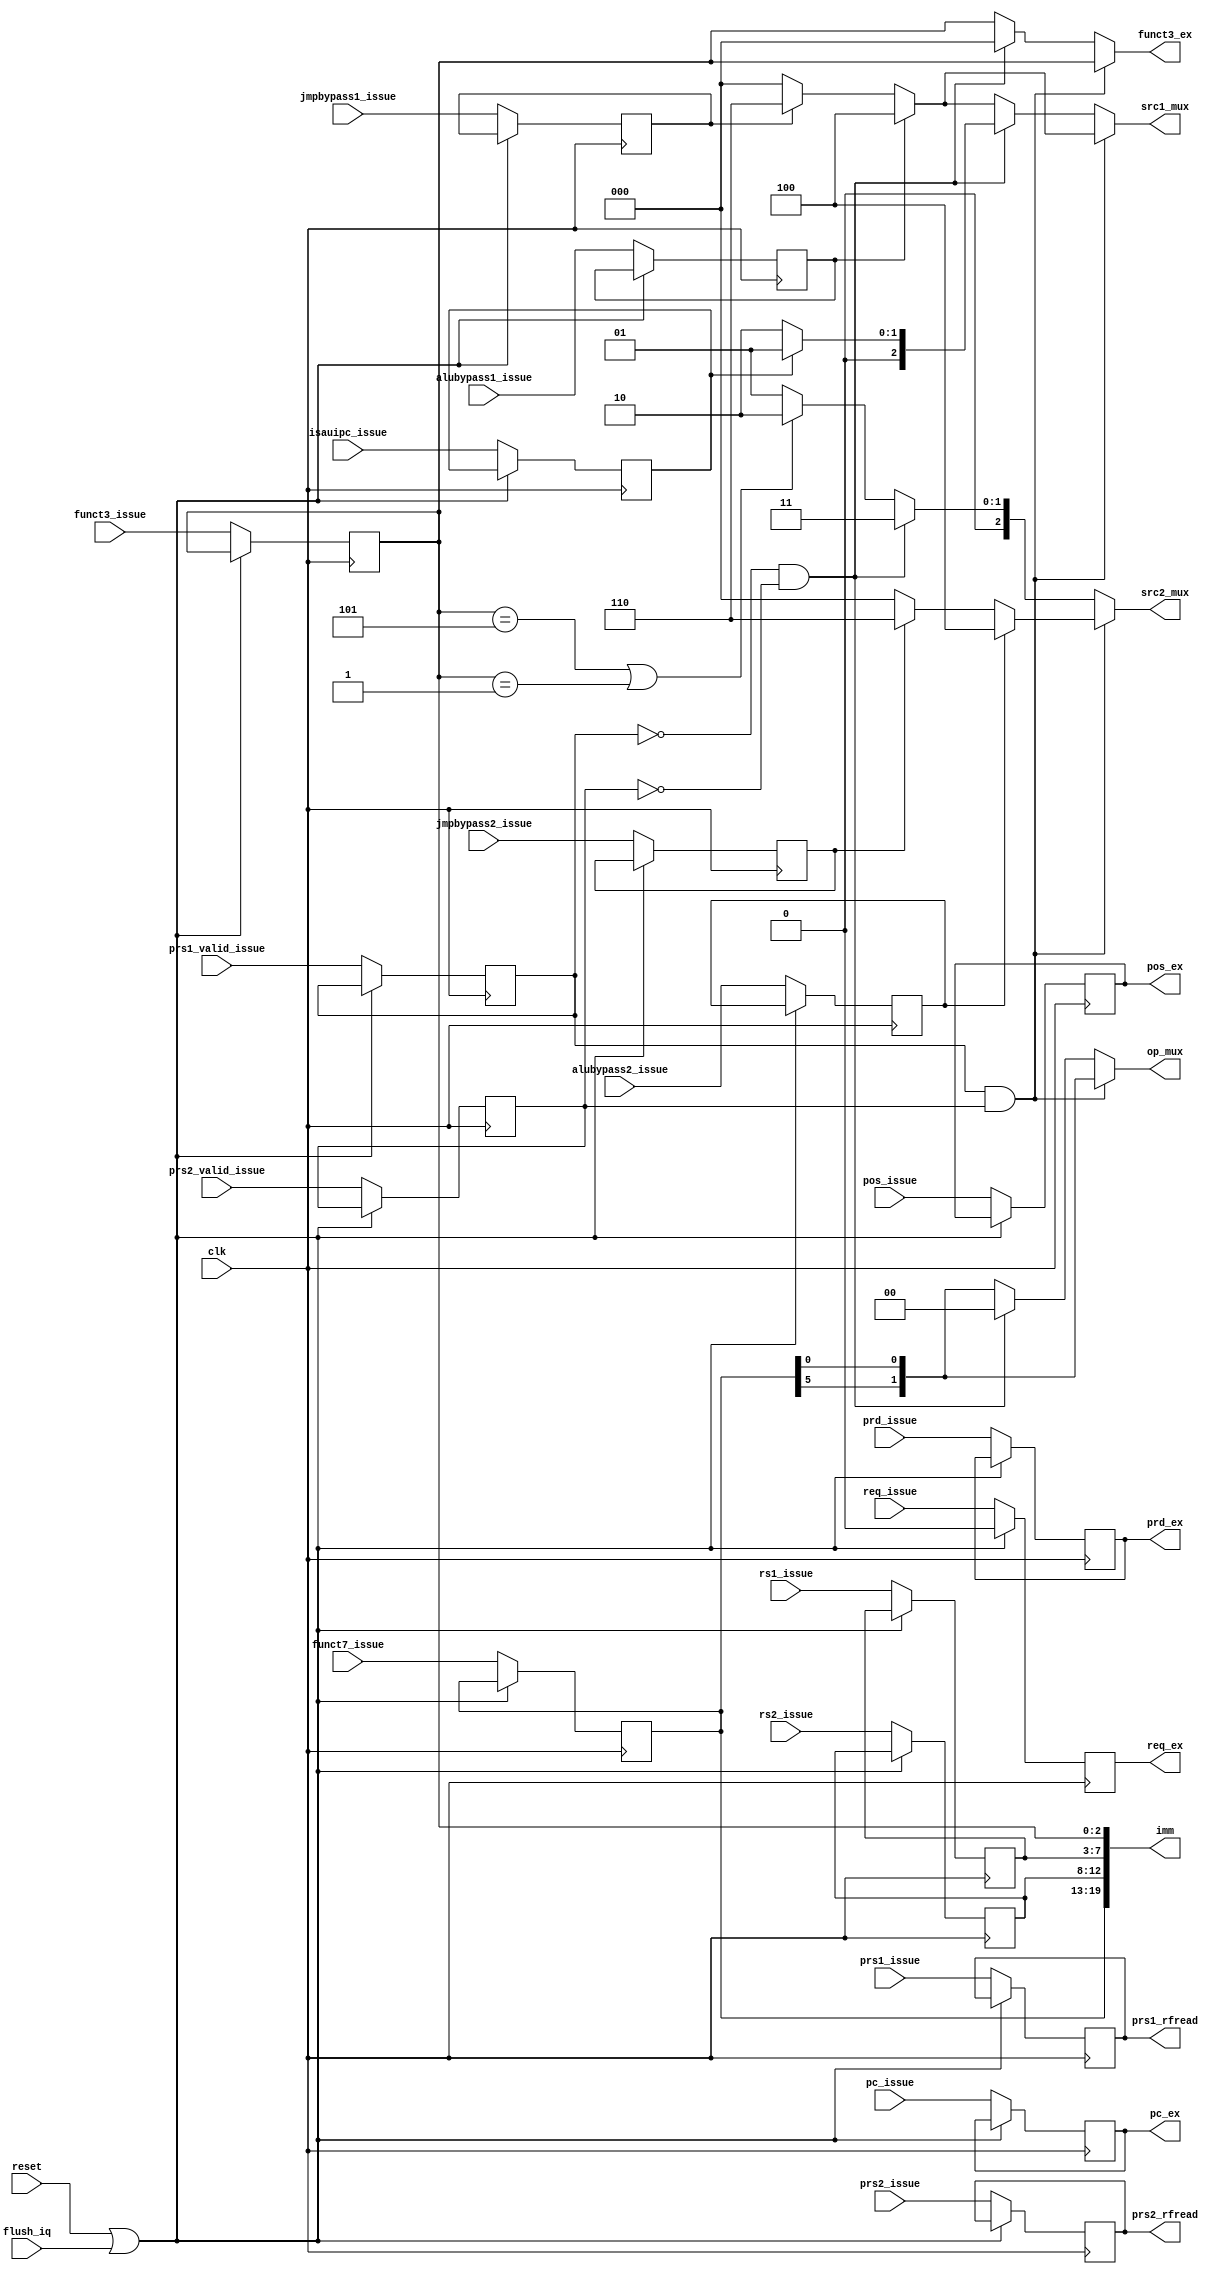
module stage_rfread_alu (
    input clk,
    input reset,
    input flush_iq,
    
    input req_issue,
    input [5:0] pos_issue,
    input [5:0] prd_issue,
    input [5:0] prs1_issue,
    input prs1_valid_issue,
    input [5:0] prs2_issue,
    input prs2_valid_issue,
    input [2:0] funct3_issue,
    input [6:0] funct7_issue,
    input isauipc_issue,
    input [4:0] rs1_issue,
    input [4:0] rs2_issue,
    input [31:0] pc_issue,
    input alubypass1_issue,
    input alubypass2_issue,
    input jmpbypass1_issue,
    input jmpbypass2_issue,

    output reg req_ex,
    output reg [5:0] pos_ex,
    output reg [5:0] prd_ex,
    output reg [2:0] funct3_ex,
    output reg [2:0] src1_mux,  // 00:rs1, 01:pc, 10:zero, 100:alubypass, 110:jmpbypass
    output reg [2:0] src2_mux,  // 00:rs2, 01:31-20, 10:24-20, 11:31-12, 100:alubypass, 110:jmpbypass
    output reg [19:0] imm,
    output reg [31:0] pc_ex,
    output reg [1:0] op_mux,

    // rf
    output reg [5:0] prs1_rfread,
    output reg [5:0] prs2_rfread
);

reg req_rfread;
reg [5:0] pos_rfread;
reg [5:0] prd_rfread;
//reg [5:0] prs1_rfread;
reg prs1_valid_rfread;
//reg [5:0] prs2_rfread;
reg prs2_valid_rfread;
reg [2:0] funct3_rfread;
reg [6:0] funct7_rfread;
reg isauipc_rfread;
reg [4:0] rs1_rfread;
reg [4:0] rs2_rfread;
reg [31:0] pc_rfread;
reg alubypass1_rfread;
reg alubypass2_rfread;
reg jmpbypass1_rfread;
reg jmpbypass2_rfread;

always @(posedge clk) begin
    if (reset | flush_iq) begin
        req_rfread <= 1'b0;
    end else begin
        req_rfread <= req_issue;
        pos_rfread <= pos_issue;
        prd_rfread <= prd_issue;
        prs1_rfread <= prs1_issue;
        prs1_valid_rfread <= prs1_valid_issue;
        prs2_rfread <= prs2_issue;
        prs2_valid_rfread <= prs2_valid_issue;
        funct3_rfread <= funct3_issue;
        funct7_rfread <= funct7_issue;
        isauipc_rfread <= isauipc_issue;
        rs1_rfread <= rs1_issue;
        rs2_rfread <= rs2_issue;
        pc_rfread <= pc_issue;
        alubypass1_rfread <= alubypass1_issue;
        alubypass2_rfread <= alubypass2_issue;
        jmpbypass1_rfread <= jmpbypass1_issue;
        jmpbypass2_rfread <= jmpbypass2_issue;
    end    
end

always @(*) begin
    req_ex <= req_rfread;
    pos_ex <= pos_rfread;
    prd_ex <= prd_rfread;
    imm <= {funct7_rfread,rs2_rfread,rs1_rfread,funct3_rfread};
    pc_ex <= pc_rfread;
    if (prs1_valid_rfread && prs2_valid_rfread) begin
        src1_mux <= (alubypass1_rfread)?3'b100:(jmpbypass1_rfread)?3'b110:3'b0;
        src2_mux <= (alubypass2_rfread)?3'b100:(jmpbypass2_rfread)?3'b110:3'b0;
        funct3_ex <= funct3_rfread;
        op_mux <= {funct7_rfread[5],funct7_rfread[0]};
    end else if (!prs1_valid_rfread && !prs2_valid_rfread) begin
        src1_mux <= (isauipc_rfread)?3'b01:3'b10;
        src2_mux <= 3'b11;
        funct3_ex <= 3'b0;
        op_mux <= 2'b0;
    end else begin
        if (funct3_rfread==3'b101 | funct3_rfread==3'b001) begin
            src1_mux <= (alubypass1_rfread)?3'b100:(jmpbypass1_rfread)?3'b110:3'b0;
            src2_mux <= 3'b10;
            funct3_ex <= funct3_rfread;
            op_mux <= {funct7_rfread[5],funct7_rfread[0]};
        end else begin
            src1_mux <= (alubypass1_rfread)?3'b100:(jmpbypass1_rfread)?3'b110:3'b0;
            src2_mux <= 3'b01;
            funct3_ex <= funct3_rfread;
            op_mux <= {funct7_rfread[5],funct7_rfread[0]};
        end
    end
end
            
    
endmodule